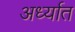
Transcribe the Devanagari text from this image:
अर्ध्यात